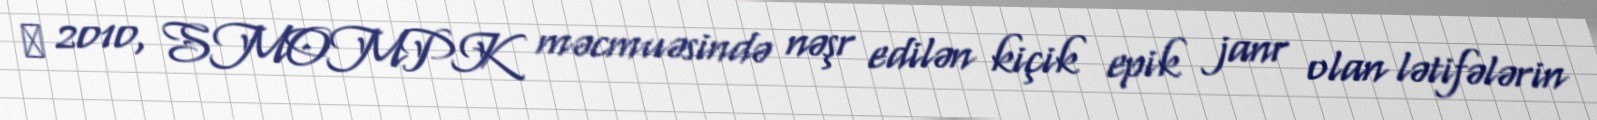
 2010, SMOMPK məcmuəsində nəşr edilən kiçik epik janr olan lətifələrin